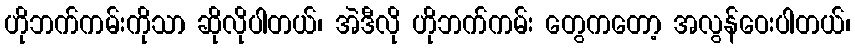
ဟိုဘက်ကမ်းကိုသာ ဆိုလိုပါတယ်၊ အဲဒီလို ဟိုဘက်ကမ်း တွေကတော့ အလွန်ဝေးပါတယ်၊